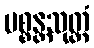
ပစ္စန္တသုတ္တံ